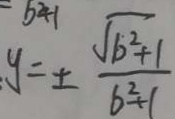
y = \pm \frac { \sqrt { b ^ { 2 } + 1 } } { b ^ { 2 } + 1 }